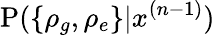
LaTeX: \mathrm P(\{ \rho_{g},\rho_{e}\} |x^{(n-1)})